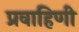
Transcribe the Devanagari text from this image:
प्रवाहिणी